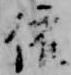
依